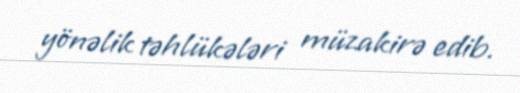
yönəlik təhlükələri müzakirə edib.